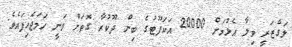
ލަގްޒަރީ ވިލާ އެޅުމަށް 20000 އަކަފޫޓުގެ ބިން ދޫކުރާ ގޮތަށް ވަނީ ހަމަޖެހިފައެވެ.